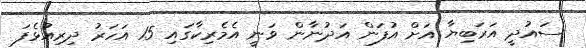
ސައުދީ އަރަބިޔާ އަށް އުފަން އަދުނާން ވަނީ އެމެރިކާގައި 15 އަހަރު ދިރިއުޅެފަ